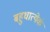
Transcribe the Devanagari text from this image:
बहुधात्येकं